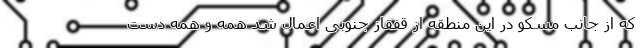
که از جانب مسکو در این منطقه از قفقاز جنوبی اعمال شد همه و همه دست